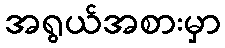
အရွယ်အစားမှာ